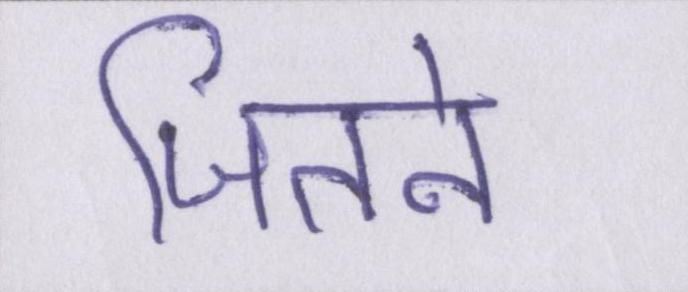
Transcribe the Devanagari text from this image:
जितने